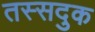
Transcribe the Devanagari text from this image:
तस्सदुक